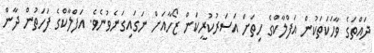
ދައްތަގެ ވާހަކަތަކުން އަފްލާކްގެ ހިތަށް އަސަރުކުރީކަން ޒޯހާއަށް ނަގައިގަނެވުނެވެ. އަފްލާކްގެ ފަހަތުން ދާން